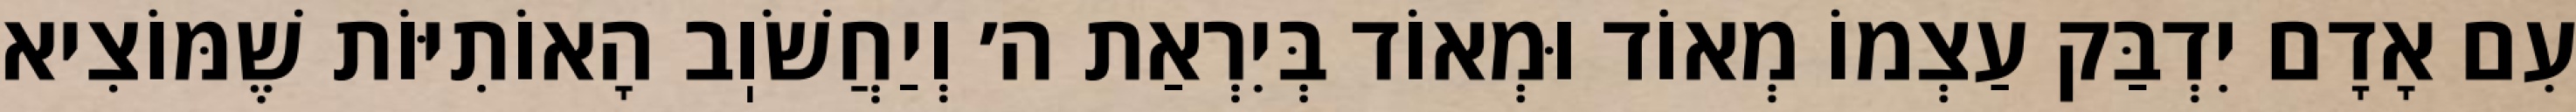
עִם אָדָם יִדְבַּק עַצְמוֹ מְאוֹד וּמְאוֹד בְּיִרְאַת ה׳ וְיַחֲשֹׁוֽב הָאוֹתִיּוֹת שֶׁמּוֹצִיא